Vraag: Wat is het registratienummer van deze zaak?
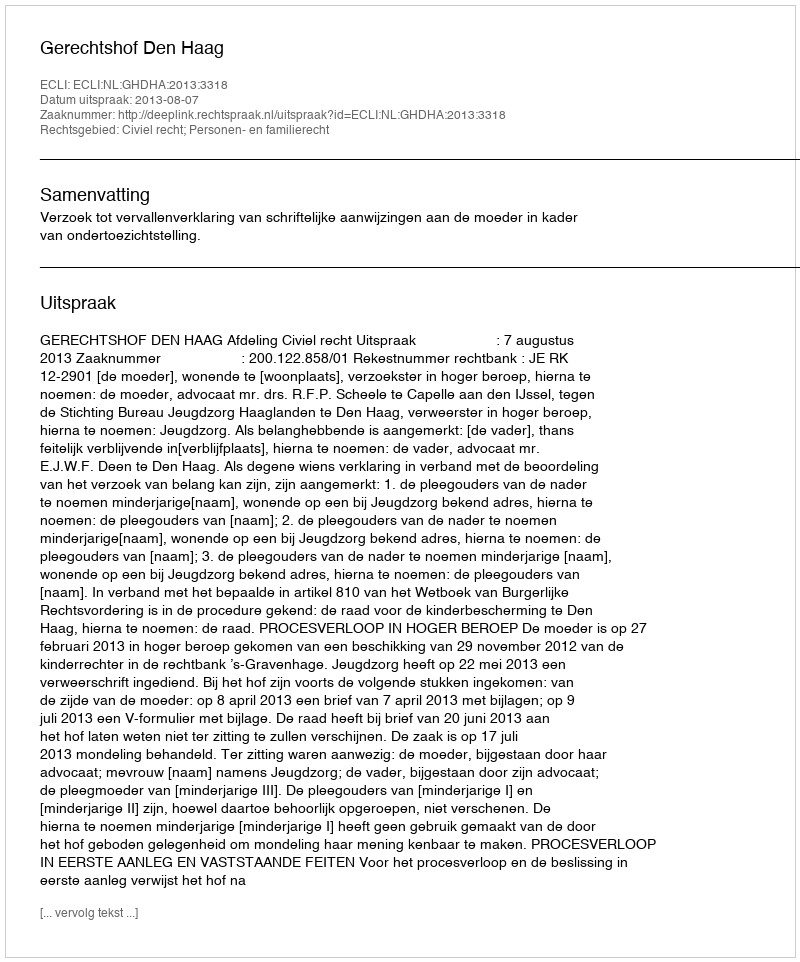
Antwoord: http://deeplink.rechtspraak.nl/uitspraak?id=ECLI:NL:GHDHA:2013:3318